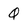
Character: Q